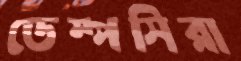
ডেম্পসিরা